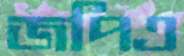
জপিএ